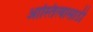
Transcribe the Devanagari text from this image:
आस्तित्वासाठी